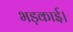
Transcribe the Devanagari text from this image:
भड़काई।